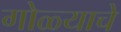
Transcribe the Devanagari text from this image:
गोळ्याचे